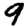
Digit: 9